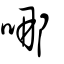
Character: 哪